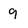
Character: 9